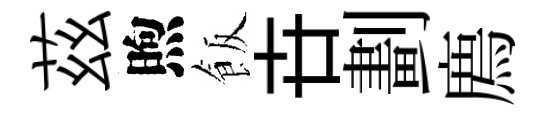
茲煦飯卋劃廌